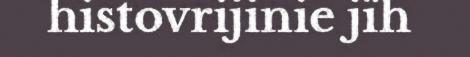
histovrijinie jïh